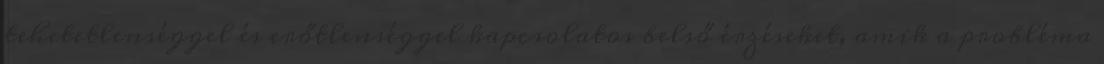
tehetetlenséggel és erőtlenséggel kapcsolatos belső érzéseket, amik a probléma